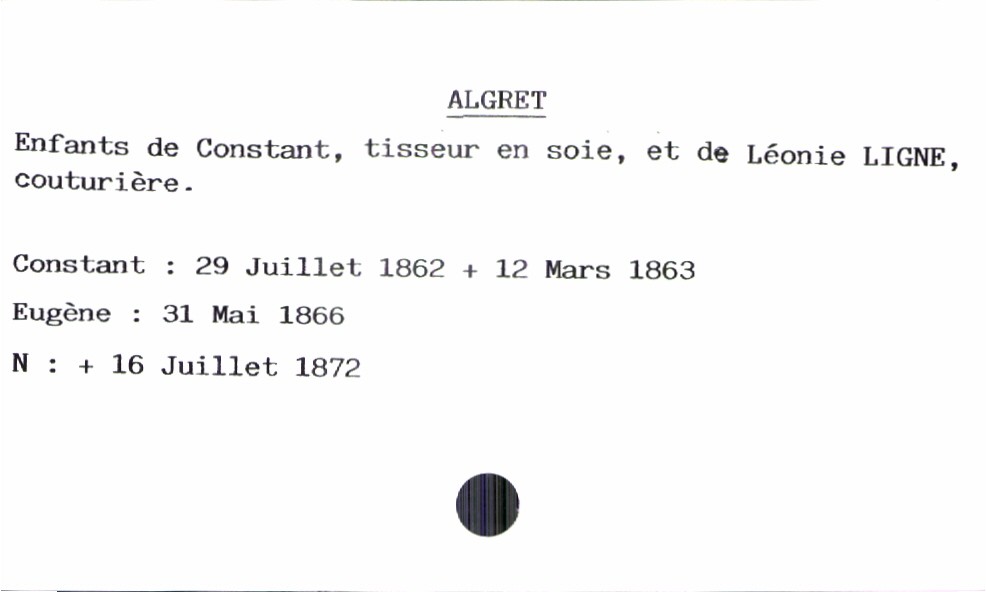
type_acte: Baptême
observations: Enfant 3 mort né sans nom le 16 juillet 1872
filiation: fils
enfant_prénom: Eugène
enfant_date_de_naissance: 16 juillet 1872
enfant_date_de_décès: 16 juillet 1872
père_enfant_nom: Algret
père_enfant_prénom: Constant
père_enfant_profession: tisseur de soie
mère_enfant_nom: Ligne
mère_enfant_prénom: Léonie
mère_enfant_profession: couturière